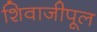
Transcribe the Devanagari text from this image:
शिवाजीपूल